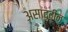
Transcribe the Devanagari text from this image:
असादुदीन